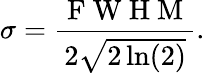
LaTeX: \sigma=\frac{\mathrm{~F~W~H~M~}}{2\sqrt{2\ln(2)}}.